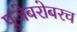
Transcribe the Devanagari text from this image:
पूजेबरोबरच